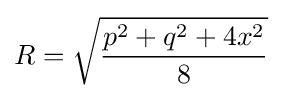
R={\sqrt {\frac {p^{2}+q^{2}+4x^{2}}{8}}}